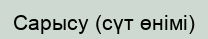
Сарысу (сүт өнімі)